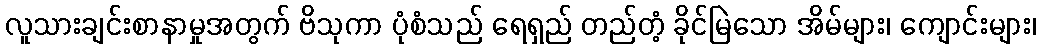
လူသားချင်းစာနာမှုအတွက် ဗိသုကာ ပုံစံသည် ရေရှည် တည်တံ့ ခိုင်မြဲသော အိမ်များ၊ ကျောင်းများ၊